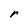
Character: r